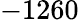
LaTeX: -1260